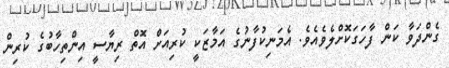
ގެންދަވާ ކަން ފާހަގަކޮށްލެވެއެވެ. އެމަނިކުފާނުގެ އަމާޒަކީ ކުރިއަށް އޮތް ރިޔާސީ އިންތިހާބުގެ ކުރިން